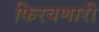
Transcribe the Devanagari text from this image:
फिरवणारी